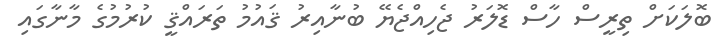
ބޮލަކަށް ތިރީސް ހާސް ޑޮލަރު ޖެހިއްޖެޔޭ ބުނާއިރު ޤައުމު ތަރައްޤީ ކުރުމުގެ މާނާގައި